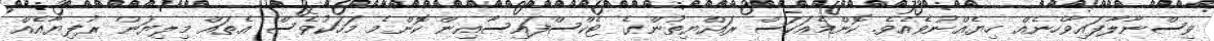
ވިސްނާލާފައިވާހެނެއް ހިޔެއްނުވެއެވެ. ކޮންމެއަކަސް ރައްޔިތުންގެ ޓެކްސްފައިސާއިން ކޮންމެ މަހަކުވެސް އެތައް މިލިޔަން ރުފިޔާއެއް